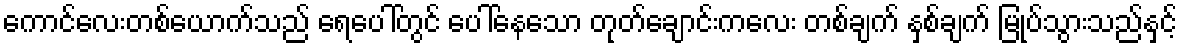
ကောင်လေးတစ်ယောက်သည် ရေပေါ်တွင် ပေါ်နေသော တုတ်ချောင်းကလေး တစ်ချက် နှစ်ချက် မြုပ်သွားသည်နှင့်